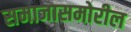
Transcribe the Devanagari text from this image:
समाजासमोरील